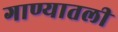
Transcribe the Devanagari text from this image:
गाण्यातली